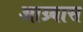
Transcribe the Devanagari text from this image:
आग्र्यास